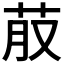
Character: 𮎭